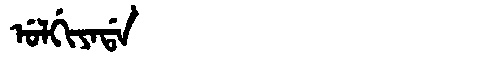
Manchu: ᡠᠯᡤᡳᠶᠠᡩᠠ
Romanization: ULGIYADA